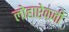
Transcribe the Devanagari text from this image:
लोहाऐवजी